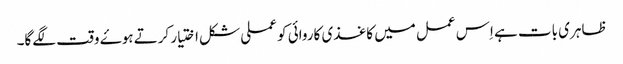
ظاہری بات ہے اِس عمل میں کاغذی کاروائی کو عملی شکل اختیار کرتے ہوۓ وقت لگےگا۔